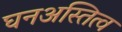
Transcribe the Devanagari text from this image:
घनअस्तित्व